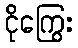
ငိုကြွေး